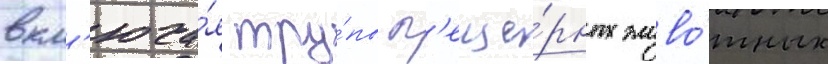
вкл'юча́я тру́пы п'еще́рных живо́тных